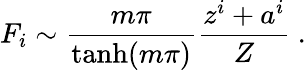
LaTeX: F_{i}\sim\frac{m\pi}{\operatorname{tanh}(m\pi)}\frac{z^{i}+a^{i}}{Z}\ .